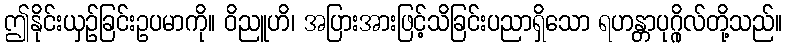
ဤနိုင်းယှဉ်ခြင်းဥပမာကို။ ဝိညူဟိ၊ အပြားအားဖြင့်သိခြင်းပညာရှိသော ရဟန္တာပုဂ္ဂိုလ်တို့သည်။